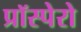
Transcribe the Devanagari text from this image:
प्रॉस्पेरो